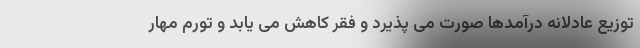
توزیع عادلانه درآمدها صورت می پذیرد و فقر کاهش می یابد و تورم مهار